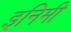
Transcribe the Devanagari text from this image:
इनिमी